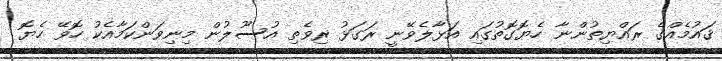
ޤައުމެއްގެ ރައްޔިތުންނާ ހެޔޮގޮތުގައި އަޅާލެވޭނީ ރަގަޅު ރިވެތި އުސޫލުން މިނިވަންކަމާއެކު ހޮވޭ ހެޔޮ